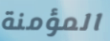
المؤمنة